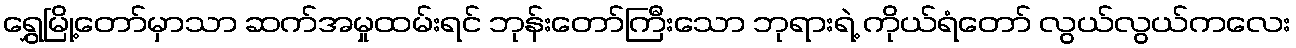
ရွှေမြို့တော်မှာသာ ဆက်အမှုထမ်းရင် ဘုန်းတော်ကြီးသော ဘုရားရဲ့ ကိုယ်ရံတော် လွယ်လွယ်ကလေး